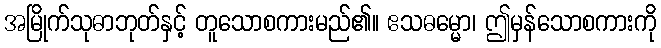
အမြိုက်သုဓာဘုတ်နှင့် တူသောစကားမည်၏။ ဧသဓမ္မော၊ ဤမှန်သောစကားကို